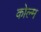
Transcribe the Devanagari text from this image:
कोल्म